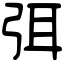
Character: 弭